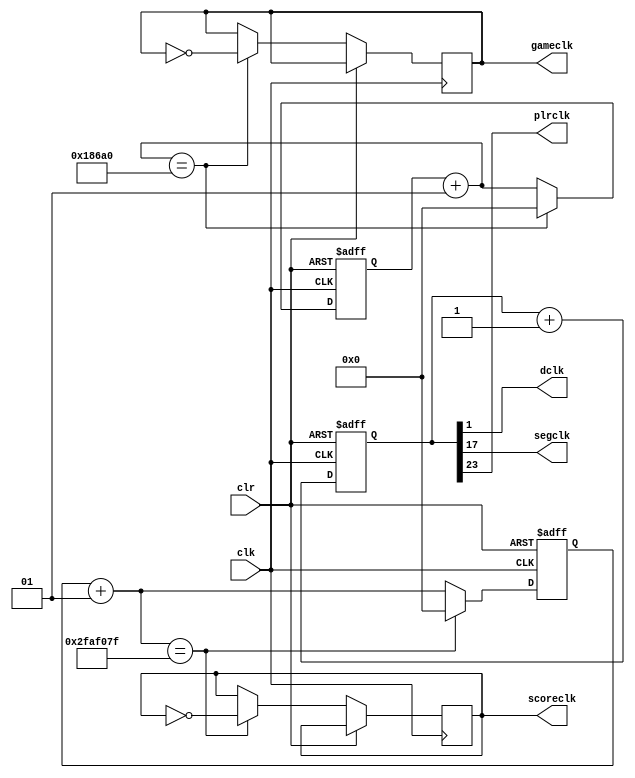
`timescale 1ns / 1ps
//////////////////////////////////////////////////////////////////////////////////
// Company: 
// Engineer: 
// 
// Design Name: 
// Module Name:    clockdiv 
// Project Name: 
// Target Devices: 
// Tool versions: 
// Description: 
//
// Dependencies: 
//
// Revision: 
// Revision 0.01 - File Created
// Additional Comments: 
//
//////////////////////////////////////////////////////////////////////////////////
module clockdiv(
	input wire clk,		//master clock: 100MHz
	input wire clr,		//asynchronous reset
	output wire dclk,		//pixel clock: 25MHz
	output wire segclk,	//7-segment clock: 381.47Hz, also gameclk
	output reg scoreclk,
	output wire plrclk,
    output reg gameclk
	);

// 17-bit counter variable
reg [31:0] q;
integer scorecounter;
integer gamecounter;
initial
begin
	scorecounter = 0;
	scoreclk = 0;
    gamecounter = 0;
    gameclk = 0;
	q <= 0;
end
// Clock divider --
// Each bit in q is a clock signal that is
// only a fraction of the master clock.
always @(posedge clk or posedge clr)
begin
	// reset condition
	if (clr == 1)
	begin
		q <= 0;
        gamecounter = 0;
		scorecounter = 0;
	end
	// increment counter by one
	else
	begin
		q <= q + 1;
		scorecounter = scorecounter + 1;
        gamecounter = gamecounter + 1;
		if (scorecounter == 32'd49999999)
		begin
			scorecounter = 0;
			scoreclk = ~scoreclk;
		end
        if (gamecounter == 32'd100000)
        begin
            gamecounter = 0;
            gameclk = ~gameclk;
        end
	end
end
// 100Mhz  2^17 = 381.47Hz
assign segclk = q[17];
// 100Mhz / 2^23 = 11.92Hz
assign plrclk = q[23];
// 100Mhz  2^1 = 25MHz
assign dclk = q[1];

endmodule